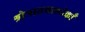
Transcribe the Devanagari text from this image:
श्रोत्रात्तथालोकाँ